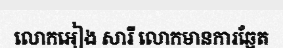
លោកអៀង សារី លោកមានការឆ្អែត